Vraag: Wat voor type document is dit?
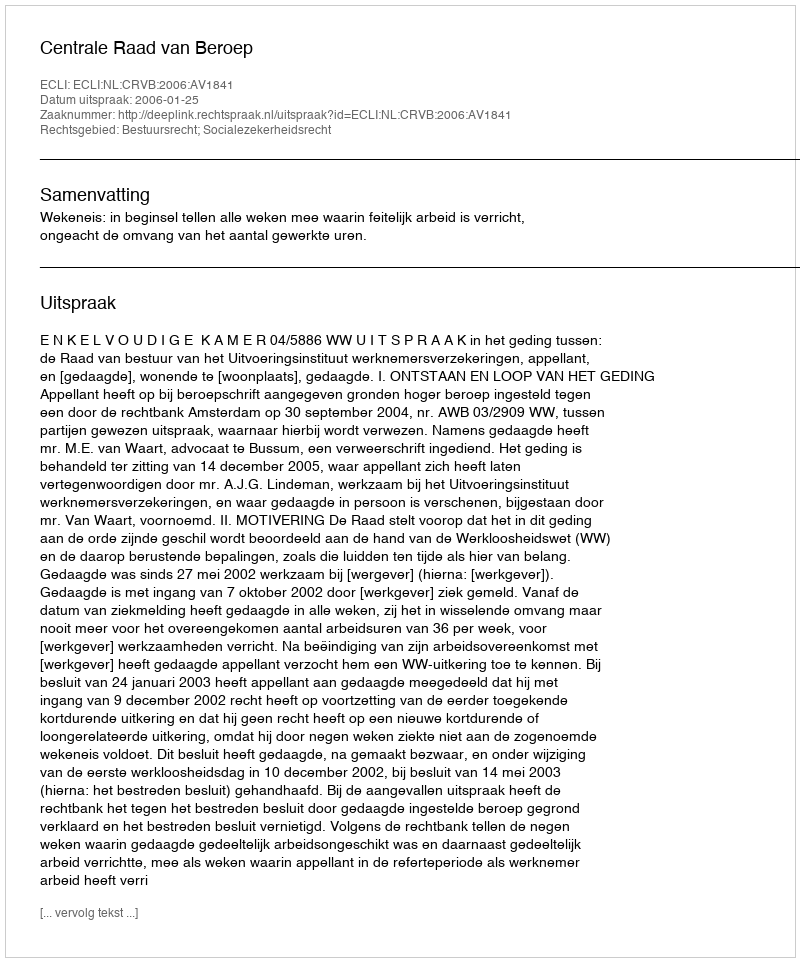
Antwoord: Uitspraak